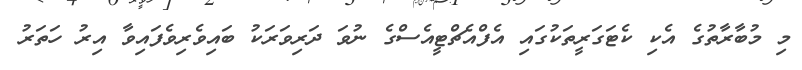
މި މުބާރާތުގެ އެކި ކެޓަގަރީތަކުގައި އެފްއެޗްޓީއެސްގެ ނުވަ ދަރިވަރަކު ބައިވެރިވެފައިވާ އިރު ހަތަރު